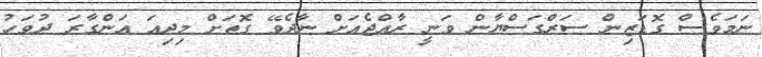
ނަމަވެސް ގޮޑަޒިން ސަރްގަސްޔާން ވަނީ ރާއްޖެއަށް ނާދެވޭ ގޮތަށް މިދިއަ އަންގާރަ ދުވަހު